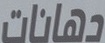
دهانات